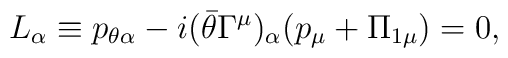
L_\alpha\equiv p_{\theta\alpha}-i(\bar\theta\Gamma^\mu)_\alpha(p_\mu+\Pi_{1\mu})=0,